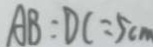
A B : D C = 5 c m